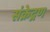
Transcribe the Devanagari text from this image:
संक्रेद्रण